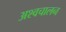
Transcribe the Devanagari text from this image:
अश्वचालन